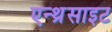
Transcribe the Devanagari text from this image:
एन्थ्रेसाइट